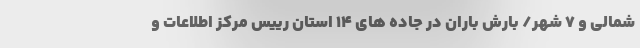
شمالی و ۷ شهر/ بارش باران در جاده های ۱۴ استان رییس مرکز اطلاعات و